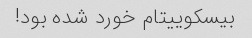
بیسکوییتام خورد شده بود!